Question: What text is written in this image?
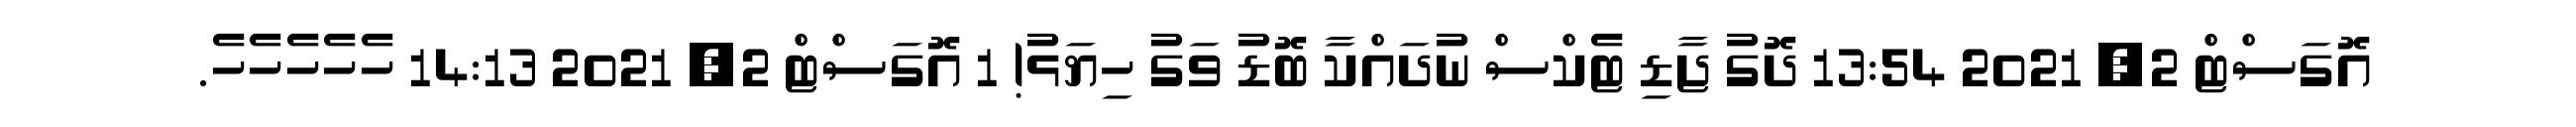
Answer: އޮގަސްޓް 2, 2021 13:54 ދޮގު ޖާޑި ޓެކްސް ނުދައްކާ ބޮޑު ވަގު ހިޔަޅު! 1 އޮގަސްޓް 2, 2021 14:13 ހެހެހެހެހެ.